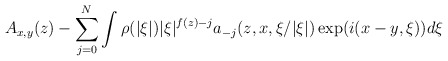
\begin{align*}A_{x,y}(z)-\sum_{j=0}^N\int\rho(|\xi|)|\xi|^{f(z)-j}a_{-j}(z,x,\xi/|\xi|)\exp(i(x-y,\xi))d\xi\end{align*}